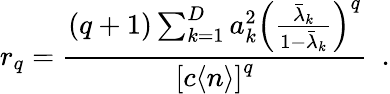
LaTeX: r_{q}=\frac{(q+1)\sum_{k=1}^{D}a_{k}^{2}\left(\frac{{{\bar{\lambda}}}_{k}}{1-{{\bar{\lambda}}}_{k}}\right)^{q}}{\left[c\langle n\rangle\right]^{q}}\ \ .